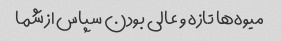
میوه‌ها تازه و عالی بودن سپاس از شما